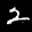
Label: 2